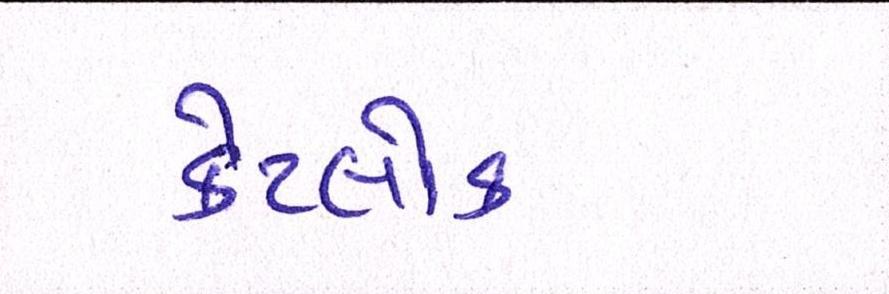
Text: કેટલોક